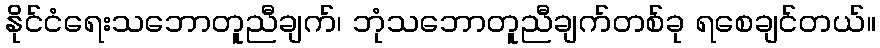
နိုင်ငံရေးသဘောတူညီချက်၊ ဘုံသဘောတူညီချက်တစ်ခု ရစေချင်တယ်။